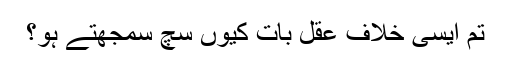
تم ایسی خلاف عقل بات کیوں سچ سمجھتے ہو؟